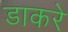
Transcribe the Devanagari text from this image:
डाकरे